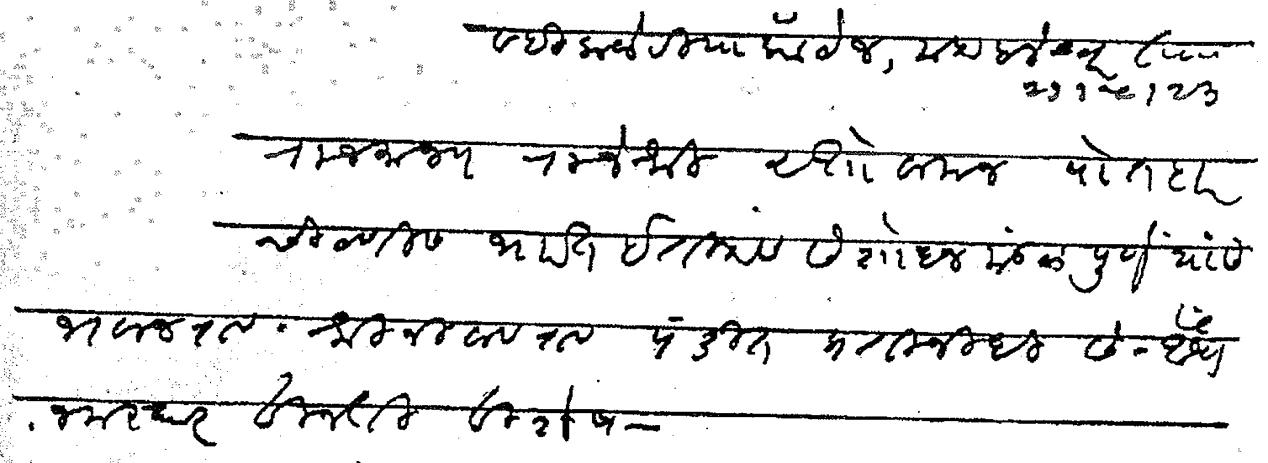
Transliteration (Devanagari): व्हिक्टोरिया कॉटेज महाबलेश्वर ता २१ ५ २३ राजमान्य राजश्री दत्तो वामन पोतदार चिटणीस भारत इतिहास संशोधन मंडळ पुणे यांस भवानराव श्रीनिवासराव पंडित प्रतिनिधी सं औंध नमस्कार विनंती विशेष